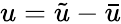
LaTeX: u=\tilde{u}-\bar{u}